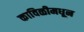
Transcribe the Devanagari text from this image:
काविळीमधून